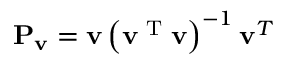
\mathbf { P } _ { \mathbf { v } } = \mathbf { v } \left( \mathbf { v } ^ { \textrm { T } } \mathbf { v } \right) ^ { - 1 } \mathbf { v } ^ { T }